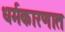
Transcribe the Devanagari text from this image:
धर्मकारणात